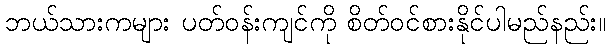
ဘယ်သားကများ ပတ်ဝန်းကျင်ကို စိတ်ဝင်စားနိုင်ပါမည်နည်း။